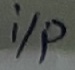
Text: i/p